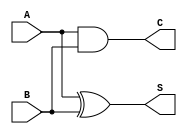
module current_mode_half_adder (
    input wire A,    // Current input A (1 or 0)
    input wire B,    // Current input B (1 or 0)
    output wire S,   // Current output (Sum)
    output wire C    // Current output (Carry)
);

// Combinational logic for Sum and Carry
assign S = A ^ B;  // Sum is A XOR B
assign C = A & B;  // Carry is A AND B

endmodule